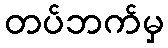
တပ်ဘက်မှ